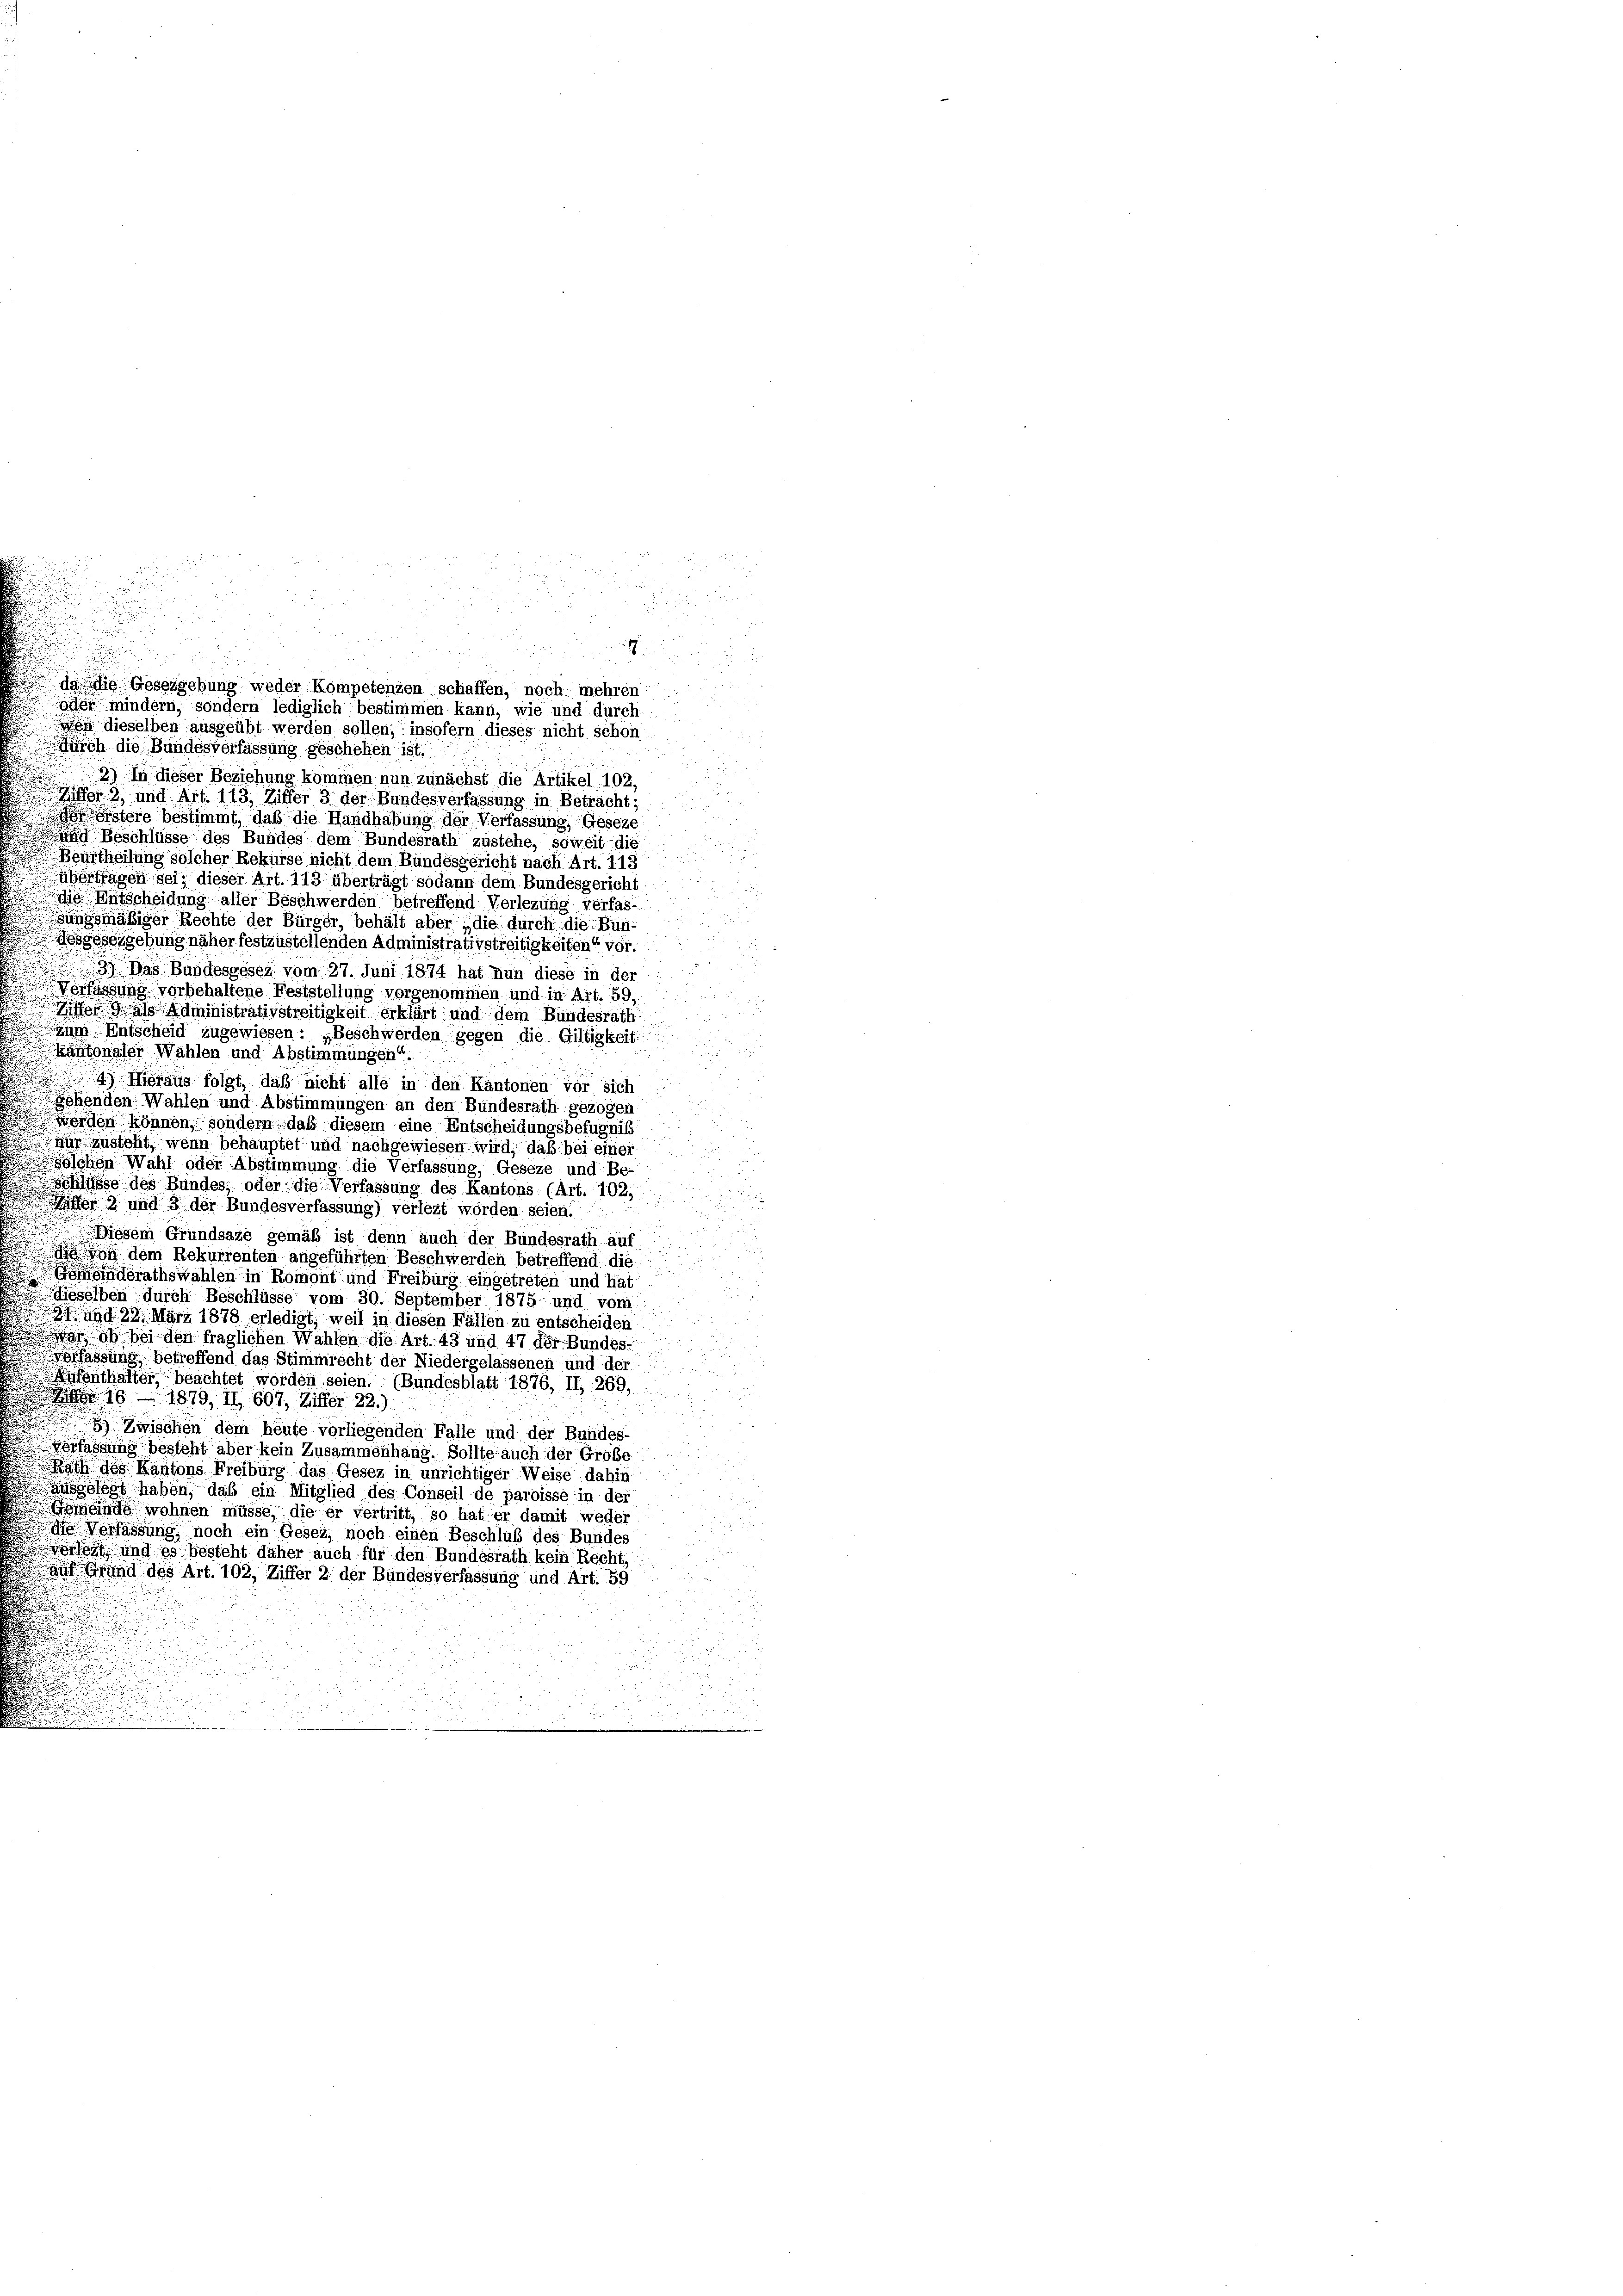
s
s

2
e

durch die Bundesverfassung geschehen ist.
2) In dieser Beziehung kommen nun zunächst die Artikel 102,
Riffer 2, und Art. 113, Ziffer 3 der Bundesverfassung in Betracht;
 östere bestimmt, daß die Handhabung der Verfassung, Geseze
n Beschlüsse des Bundes dem Bundesrath zustehe, soweit die
Beurtheilung solcher Rekurse nicht dem Bundesgericht nach Art. 113
übertragen sei, dieser Art. 113 überträgt sodann dem Bundesgericht
die Entscheidung aller Beschwerden betreffend Verlegung verfas-
sungsmäßiger Rechte der Bürger, behält aber die durch die Bun-
Mesgesezgebung näher festzustellenden Administrativstreitigkeiten“ vor.
3) Das Bundesgesez vom 27. Juni 1874 hat nun diese in der
Verfassung vorbehaltene Feststellung vorgenommen und in Art. 59,
Riffer als Administrativstreitigkeit erklärt und dem Bundesrath,
zum Entscheid zugewiesen: „Beschwerden gegen die Giltigkeit
Kantonaler Wählen und Abstimmungen“.
4) Hieraus folgt, daß nicht alle in den Kantonen vor sich
gehenden Wahlen und Abstimmungen an den Bundesrath gezogen
werden können, sondern daß diesem eine Entscheidungsbefugniß
nur zusteht, wenn behauptet und nachgewiesen wird, daß bei einer
solchen Wahl oder Abstimmung die Verfassung, Geseze und Be-
schlüsse des Bundes, oder die Verfassung des Kantons (Art. 102,
iffer 2 und 3 der Bundesverfassung) verlegt worden seien.
Diesem Grundsaze gemäß ist denn auch der Bundesrath auf
n dem Rekurrenten angeführten Beschwerden betreffend die
Gemeindsrathswahlen in Romont und Freiburg eingetreten und hat
dieselben durch Beschlüsse vom 30. September 1875 und vom
24. und 22. März 1878 erledigt, weil in diesen Fällen zu entscheiden
war, ob bei den fraglichen Wahlen die Art. 43 und 47 der Bundes-
verfassung, betreffend das Stimmrecht der Niedergelassenen und der
Aufenthalter, beachtet worden seien. (Bundesblatt 1876, II, 269,
 16 1879, II 607, Ziffer 22)
) Zwischen dem heute vorliegenden Falle und der Bundes-
verfassung besteht aber kein Zusammenhang. Sollte auch der Große
Rath des Kantons Freiburg das Gesez in unrichtiger Weise dahin
ausgelegt haben, daß ein Mitglied des Conseil de paroisse in der
Gemeinde wohnen müsse, die er vertritt, so hat er damit weder
 Verfassung, noch ein Gesea, noch einen Beschluß des Bundes
vorort und es besteht daher auch für den Bundesrath kein Recht,
Auf Grund des Art. 102, Ziffer 2 der Bundesverfassung und Art. 59

u
.

da die Gesezgebung weder Kompetenzen schaffen, noch mehren
oder mindern, sondern lediglich bestimmen kann, wie und durch.
 dieselben ausgeübt werden sollen; insofern dieses nicht schon

.

u
2
i